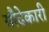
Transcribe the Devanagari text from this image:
सौदेकारी